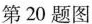
第20题图